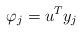
\begin{align*}\varphi_{j}=u^{T}y_{j}\end{align*}